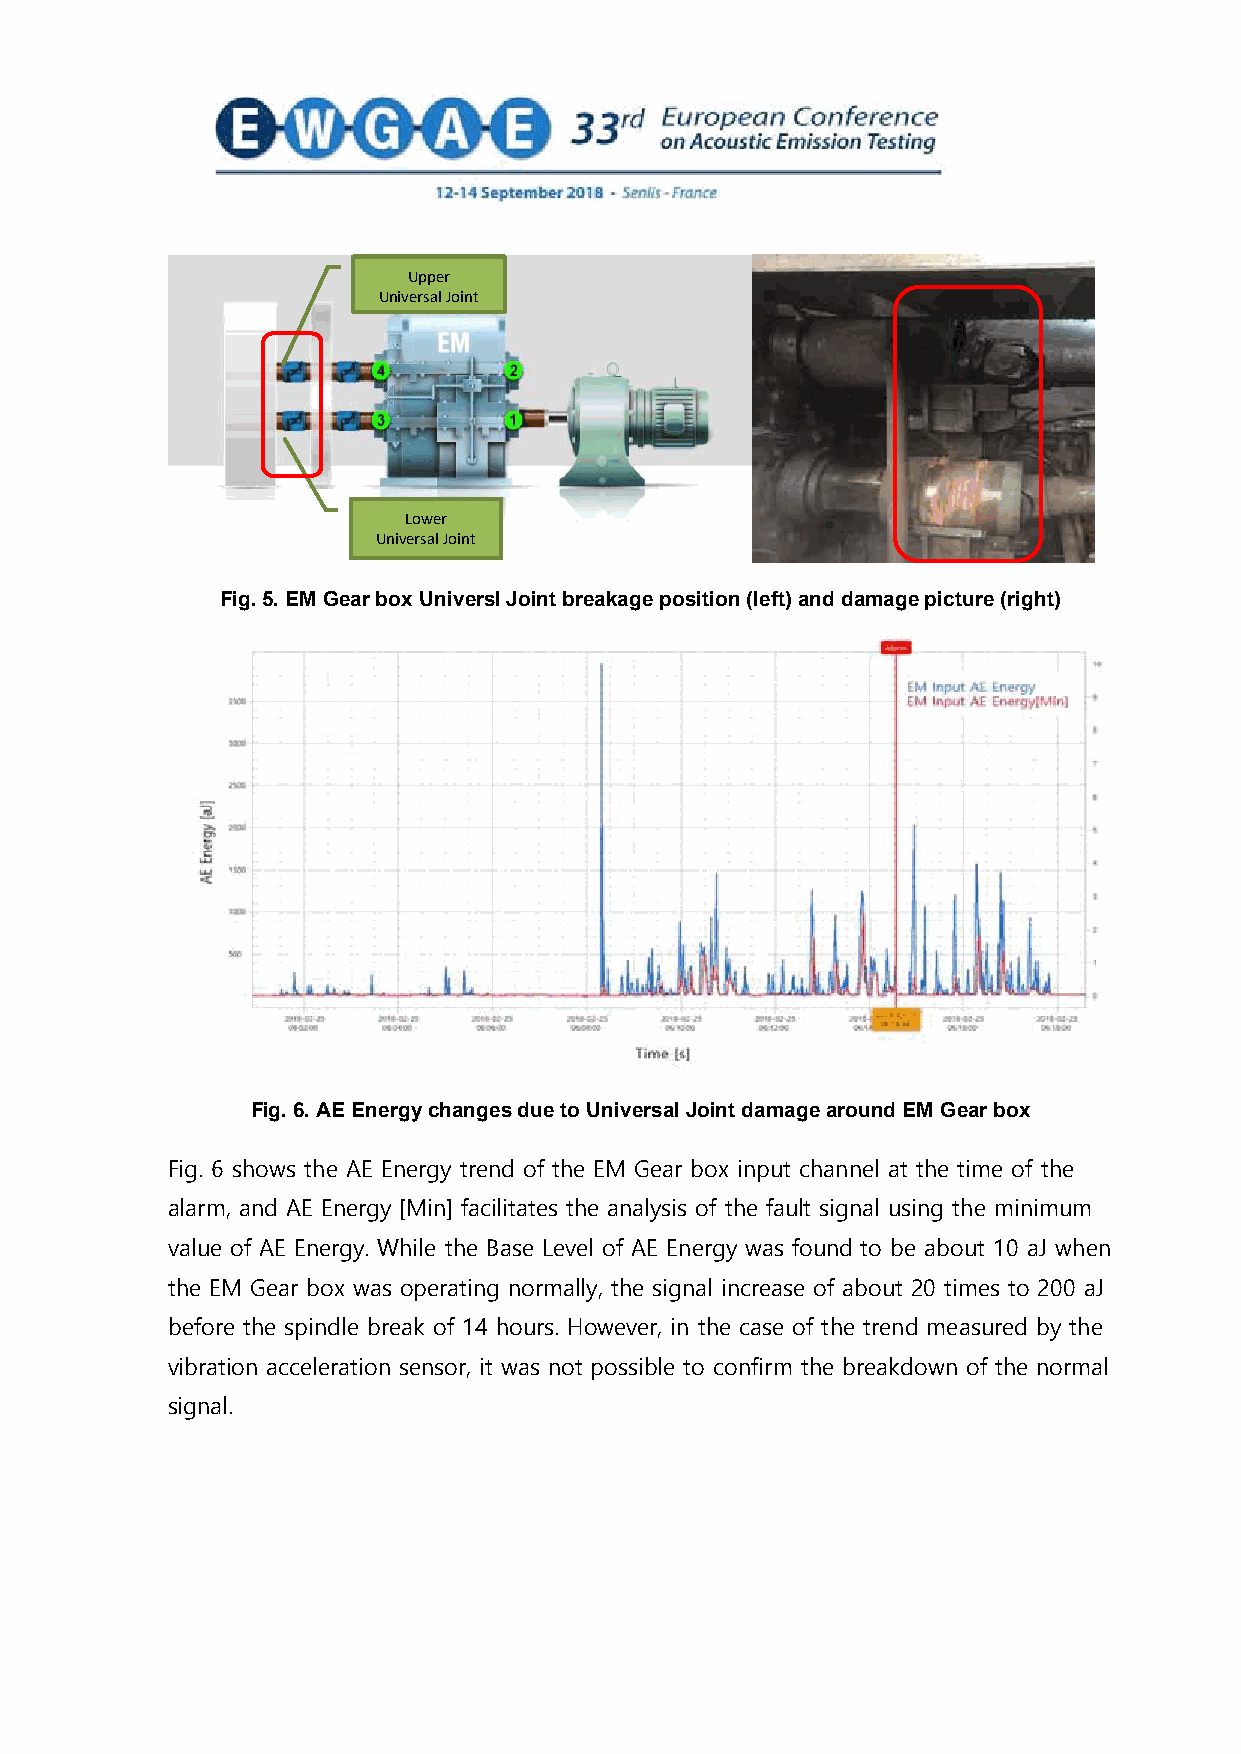
Upper
 Universal Joint
 Lower
 Universal Joint
 Fig. 5. EM Gear box Universl Joint breakage position (left) and damage picture (right)
 Fig. 6. AE Energy changes due to Universal Joint damage around EM Gear box
 Fig. 6 shows the AE Energy trend of the EM Gear box input channel at the time of the
 alarm, and AE Energy [Min] facilitates the analysis of the fault signal using the minimum
 value of AE Energy. While the Base Level of AE Energy was found to be about 10 aJ when
 the EM Gear box was operating normally, the signal increase of about 20 times to 200 aJ
 before the spindle break of 14 hours. However, in the case of the trend measured by the
 vibration acceleration sensor, it was not possible to confirm the breakdown of the normal
 signal.
 6